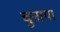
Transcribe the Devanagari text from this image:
चुनाया